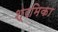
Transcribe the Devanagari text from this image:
श्रमिका